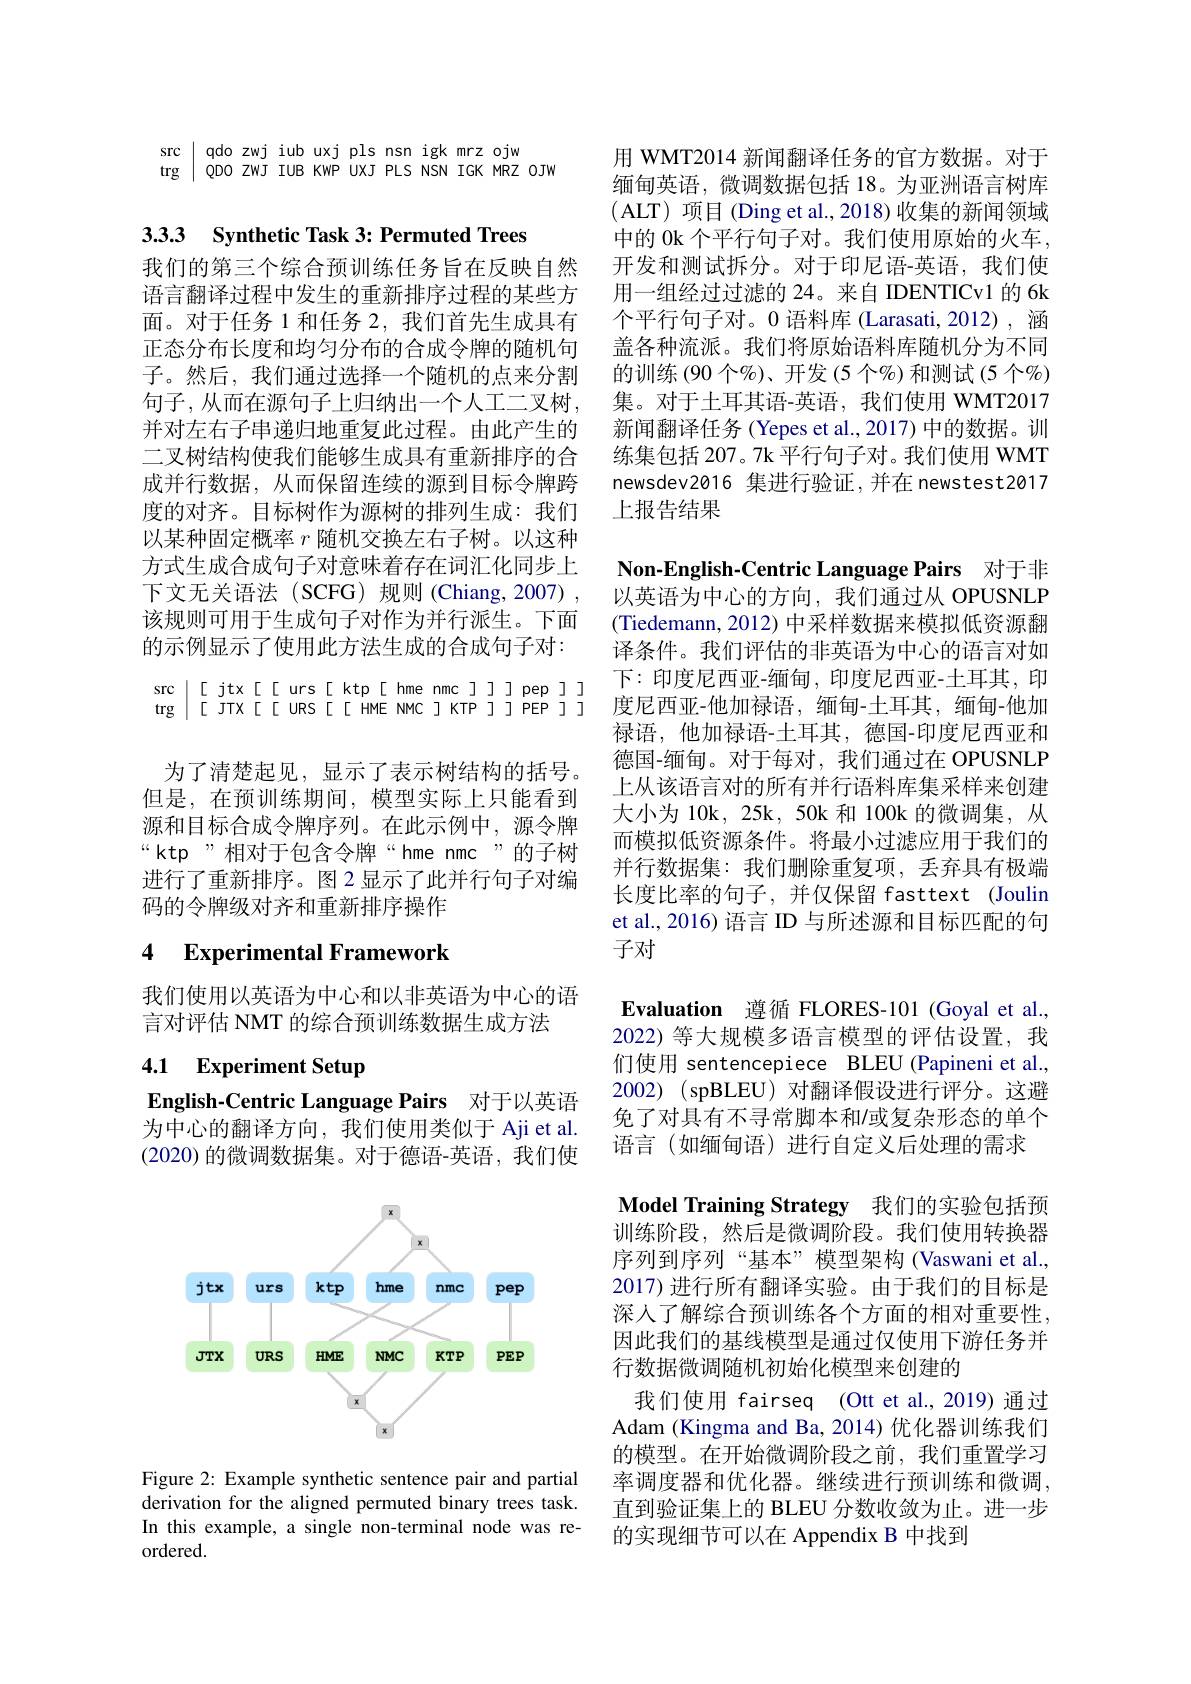
src | qdo zwj iub uxj pls nsn igk mrz ojw
trg | QDO ZWJ IUB KWP UXJ PLS NSN IGK MRZ OJW

3.3.3 Synthetic Task 3: Permuted Trees

我们的第三个综合预训练任务旨在反映自然语言翻译过程中发生的重新排序过程的某些方面。对于任务 1 和任务 2, 我们首先生成具有正态分布长度和均匀分布的合成令牌的随机句子。然后，我们通过选择一个随机的点来分割句子，从而在源句子上归纳出一个人工二叉树， 并对左右子串递归地重复此过程。由此产生的二叉树结构使我们能够生成具有重新排序的合成并行数据，从而保留连续的源到目标令牌跨度的对齐。目标树作为源树的排列生成：我们以某种固定概率$r$随机交换左右子树。以这种方式生成合成句子对意味着存在词汇化同步上下文无关语法(SCFG)规则(Chiang,2007), 该规则可用于生成句子对作为并行派生。下面的示例显示了使用此方法生成的合成句子对： $\begin{array}{cc}\mathrm{src}&[[\text{ jtx[[ urs[ ktp[ hme nmc]]]pep]]}&\text{下.印度尼四亚-细曲，印度尼四亚-王耳具，印}\\\mathrm{trg}&[[\text{ JTX[[ URS[[ HME NMC]KTP]]PEP]]}&\text{度尼西亚-他加禄语，缅甸-土耳其，缅甸-他加}\end{array}$
为了清楚起见，显示了表示树结构的括号。但是，在预训练期间，模型实际上只能看到源和目标合成令牌序列。在此示例中，源令牌“ktp”相对于包含令牌“hme nmc”的子树进行了重新排序。图 2 显示了此并行句子对编码的令牌级对齐和重新排序操作

## 4 Experimental Framework

我们使用以英语为中心和以非英语为中心的语
言对评估 NMT 的综合预训练数据生成方法

# 4.1 Experiment Setup

English-Centric Language Pairs 对于以英语为中心的翻译方向，我们使用类似于 Aji et al. (2020)的微调数据集。对于德语-英语，我们使

<FigureHere>

Figure 2: Example synthetic sentence pair and partial derivation for the aligned permuted binary trees task. In this example, a single non-terminal node was reordered.

用 WMT2014 新闻翻译任务的官方数据。对于缅甸英语，微调数据包括 18。为亚洲语言树库(ALT)项目 (Ding et al.,2018)收集的新闻领域中的 0k 个平行句子对。我们使用原始的火车， 开发和测试拆分。对于印尼语-英语，我们使用一组经过过滤的 24。来自 IDENTICv1 的 6k 个平行句子对。0 语料库 (Larasati,2012), 涵盖各种流派。我们将原始语料库随机分为不同的训练(90 个%)、开发(5 个%)和测试(5 个$\%)$ 集。对于土耳其语-英语，我们使用 WMT2017新闻翻译任务 (Yepes et al.,2017) 中的数据。训练集包括 207。7k 平行句子对。我们使用 WMT newsdev2016 集进行验证，并在 newstest2017上报告结果

Non-English-Centric Language Pairs 对于非以英语为中心的方向，我们通过从 OPUSNLP (Tiedemann, 2012) 中采样数据来模拟低资源翻译条件。我们评估的非英语为中心的语言对如下：印度尼西亚-缅甸，印度尼西亚-土耳其，印禄语，他加禄语-土耳其，德国-印度尼西亚和德国-缅甸。对于每对，我们通过在 OPUSNLP 上从该语言对的所有并行语料库集采样来创建大小为 10k, 25k, 50k 和 100k 的微调集，从而模拟低资源条件。将最小过滤应用于我们的并行数据集：我们删除重复项，丢弃具有极端长度比率的句子，并仅保留 fasttext (Joulin et al., 2016) 语言 ID 与所述源和目标匹配的句子对
$\textbf{Evaluation 遵 循 FLORES- 101 ( Goyal et al. , }$ 2022) 等大规模多语言模型的评估设置，我们使用 sentencepiece BLEU (Papineni et al. 2002) (spBLEU)对翻译假设进行评分。这避免了对具有不寻常脚本和/或复杂形态的单个语言(如缅甸语)进行自定义后处理的需求
Model Training Strategy 我们的实验包括预训练阶段，然后是微调阶段。我们使用转换器序列到序列“基本”模型架构(Vaswani et al., 2017)进行所有翻译实验。由于我们的目标是深人了解综合预训练各个方面的相对重要性， 因此我们的基线模型是通过仅使用下游任务并行数据微调随机初始化模型来创建的
我们使用 fairseq (Ott et al.,2019) 通过Adam (Kingma and Ba, 2014) 优化器训练我们的模型。在开始微调阶段之前，我们重置学习率调度器和优化器。继续进行预训练和微调， 直到验证集上的 BLEU 分数收敛为止。进一步的实现细节可以在 Appendix B 中找到